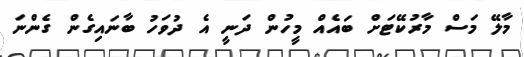
މާލޭ މަސް މާރުކޭޓަށް ބައެއް މީހުން ދަނީ އެ ދުވަހު ބާނައިގެން ގެންނަ